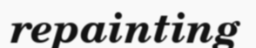
repainting